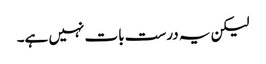
لیکن یہ درست بات نہیں ہے۔